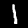
Digit: 1